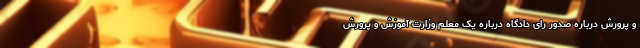
و پرورش درباره صدور رای دادگاه درباره یک معلم وزارت آموزش و پرورش